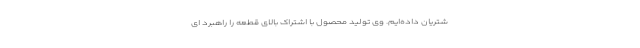
شتریان داده‌ایم. وی تولید محصول با اشتراک بالای قطعه را راهبرد ای